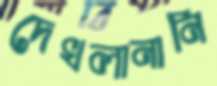
দেখলানানি